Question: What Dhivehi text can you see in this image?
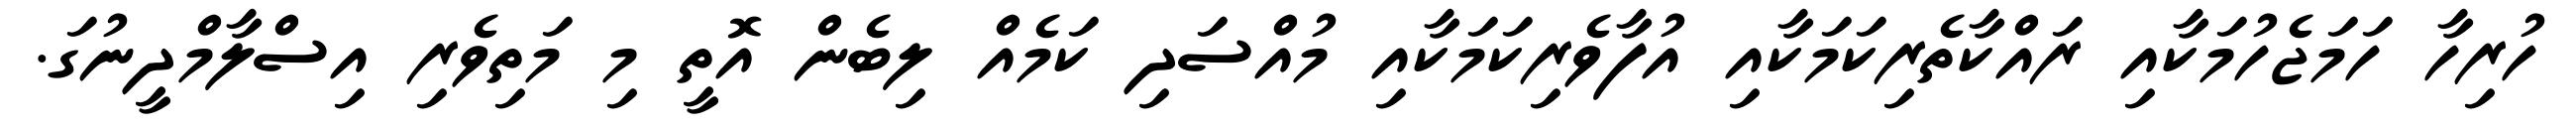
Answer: ހުރިހާ ހަމަޖެހުމަކާއި ރައްކާތެރިކަމަކާއި އުފާވެރިކަމަކާއި މުއްސަދި ކަމެއް ލިބެން އޮތީ މި މަތިވެރި އިސްލާމްދީނުގަ.